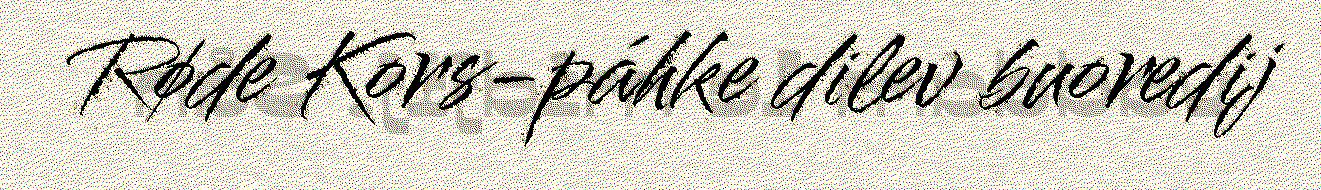
Røde Kors-páhke dilev buoredij